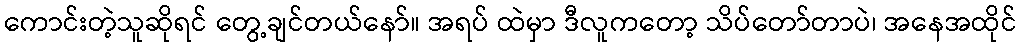
ကောင်းတဲ့သူဆိုရင် တွေ့ချင်တယ်နော်။ အရပ် ထဲမှာ ဒီလူကတော့ သိပ်တော်တာပဲ၊ အနေအထိုင်